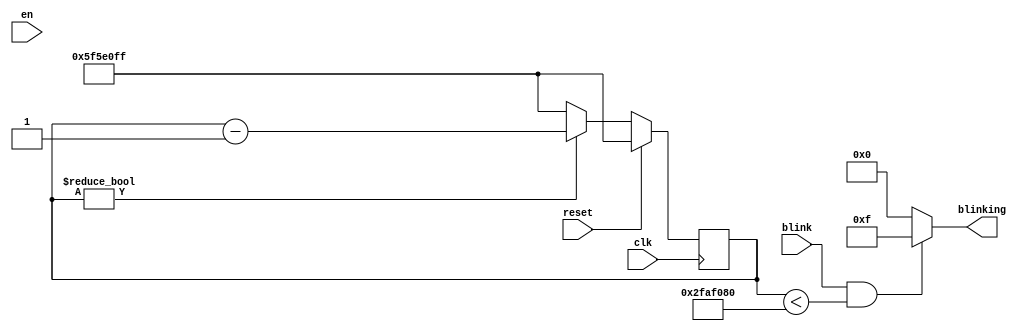

module blink(blinking,en,blink,reset,clk);
output [3:0] blinking;
input en,blink,reset,clk;

//deccount	counter(count,,en ,1'b1,clk,reset);
   // 100MHz/0.1Hz = 10^7; log_2(10^7) = 23.253...
 parameter   MAXCOUNT=(27'd100_000_000-1);
 reg [27:1]  countValue;

 always @(posedge clk)
     if(reset)
         countValue <= MAXCOUNT;
     else
         countValue <= (countValue ? countValue-1 : MAXCOUNT);



assign blinking = (blink && ((countValue<27'd50_000_000)) ? 4'b1111: 4'b0000);

endmodule